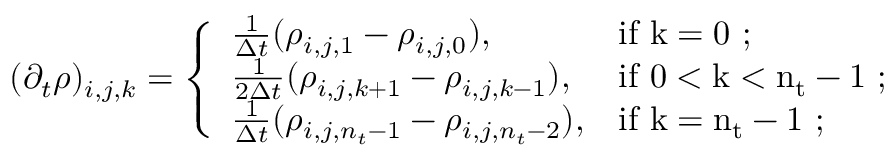
\begin{array} { r } { ( \partial _ { t } \rho ) _ { i , j , k } = \left\{ \begin{array} { l l } { \frac { 1 } { \Delta t } ( \rho _ { i , j , 1 } - \rho _ { i , j , 0 } ) , } & { \mathrm { i f ~ k = 0 ~ } ; } \\ { \frac { 1 } { 2 \Delta t } ( \rho _ { i , j , k + 1 } - \rho _ { i , j , k - 1 } ) , } & { \mathrm { i f ~ 0 < k < n _ t - 1 ~ } ; } \\ { \frac { 1 } { \Delta t } ( \rho _ { i , j , n _ { t } - 1 } - \rho _ { i , j , n _ { t } - 2 } ) , } & { \mathrm { i f ~ k = n _ t - 1 ~ } ; } \end{array} \right. } \end{array}